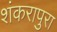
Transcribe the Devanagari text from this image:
शंकरापुरा